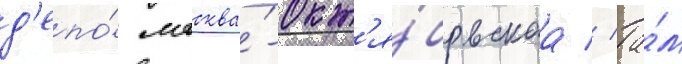
д'епо́ москва́-окт'я́брьскаа // Та́м